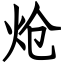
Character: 炝